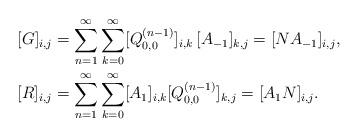
LaTeX: \begin{align*}&[G]_{i,j} = \sum_{n=1}^\infty \sum_{k=0}^\infty [Q_{0,0}^{(n-1)}]_{i,k}\, [ A_{-1}]_{k,j} = [N A_{-1}]_{i,j}, \\&[R]_{i,j} = \sum_{n=1}^\infty \sum_{k=0}^\infty [ A_1]_{i,k} [Q_{0,0}^{(n-1)}]_{k,j} = [ A_1 N]_{i,j}. \end{align*}